Medical and sanitary report of the native army of Bengal for the year
Year: 1875
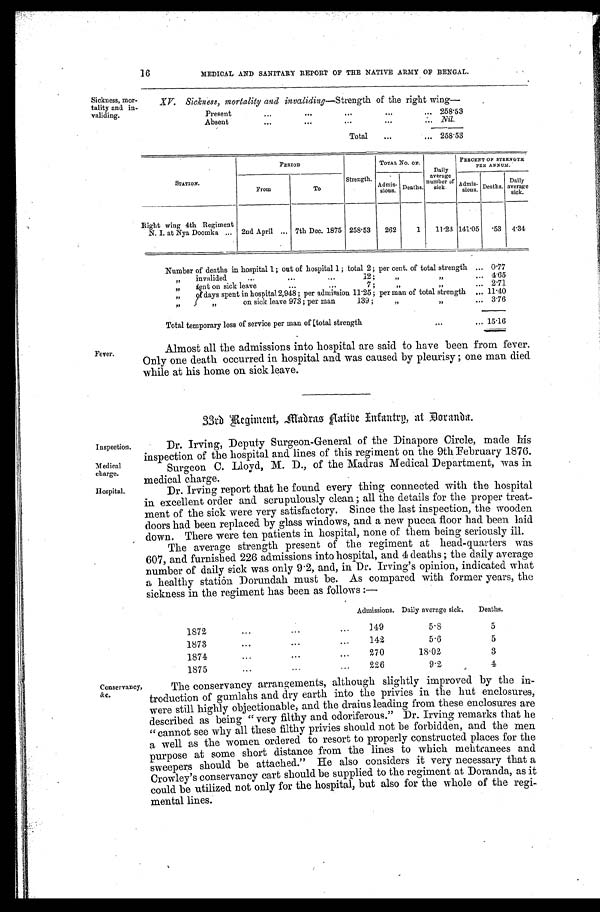
Inspection.
Medical
charge.
Hospital.
16
MEDICAL AND SANITARY REPORT OF THE NATIVE ARMY OF BENGAL.
Sickness, mor
-tality and
i n - v a l i d i n g .
XV. Sickness, mortality and invaliding—Strength of the right wing—
Present
.
.
. 258.53
Absent
.
.
.
Nil
Total . . . 258.53
Fever.
STATION.
PERIOD
Strength.
TOTAL NO. OF.
Daily
average
number of
sick.
PERCENT OF STRENGTH
PER ANNUM.
From
To
Admis-
sions. Deaths.
Admis-
sions.
D e a t h s . Daily
average
sick.
Right wing 4th Regiment
N. I. at Nya Doomka . . . 2nd April . . . 7th Dec. 1875 258.53
262
1
11.23 141.05
.53 4.34
Number of deaths in hospital 1; out of hospital 1; total 2 ; per cent. of total strength . . . 0.77
" i n v a l i d e d . . . 1 2 ; " . . .
4.65
" s e n t o n s i c k l e a v e . . . 7 ; " . . .
2.71
" of days spent in hospital 2,948; per admission 11.25; per man of total strength . . . 11.40
" " on sick leave 973; per man 139; " . . . 3 .76
Total temporary loss of service per man of total strength . . . 15.16
Almost all the admissions into hospital are said to have been from fever.
Only one death occurred in hospital and was caused by pleurisy; one man died
while at his home on sick leave.
33rd Regiment, Madras Native Infantry, at Doranda.
Dr. Irving, Deputy Surgeon-General of the Dinapore Circle, made his
inspection of the hospital and lines of this regiment on the 9th February 1876.
Surgeon C. Lloyd, M. D., of the Madras Medical Department, was in
medical charge.
Dr. Irving report that he found every thing connected with the hospital
in excellent order and scrupulously clean; all the details for the proper treat
-
ment of the sick were very satisfactory. Since the last inspection, the wooden
doors had been replaced by glass windows, and a new pucca floor had been laid
down. There were ten patients in hospital, none of them being seriously ill.
The average strength present of the regiment at head-quarters was
607, and furnished 226 admissions into hospital, and 4 deaths; the daily average
number of daily sick was only 9 . 2, and, in Dr. Irving's opinion, indicated what
a healthy station Dorundah must be. As compared with former years, the
sickness in the regiment has been as follows:—
Admissions. Daily average sick.
Deaths.
1872 . . .
149
5.8
5
1873 . . .
142
5.6
5
1874 . . .
270
18.02
3
1875 . . .
226
9.2
4
Conservancy,
&c.
The conservancy arrangements, although slightly improved by the in
-
troduction of gumlahs and dry earth into the privies in the hut enclosures,
were still highly objectionable, and the drains leading from these enclosures are
described as being ”very filthy and odoriferous." Dr. Irving remarks that he
"cannot see why all these filthy privies should not be forbidden, and the men
a well as the women ordered to resort to properly constructed places for the
purpose at some short distance from the lines to which mehtranees and
sweepers should be attached." He also considers it very necessary that a
Crowley's conservancy cart should be supplied to the regiment at Doranda, as it
could be utilized not only for the hospital, but also for the whole of the regi
-
mental lines.